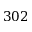
3 0 2